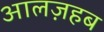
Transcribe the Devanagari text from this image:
आलज़हब